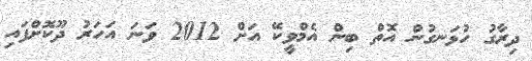
ދިރާގު ހުޅަނގުން އޮތް ބިން އެމްވީކޭ އަށް 2012 ވަނަ އަހަރު ދޫކޮށްފައި